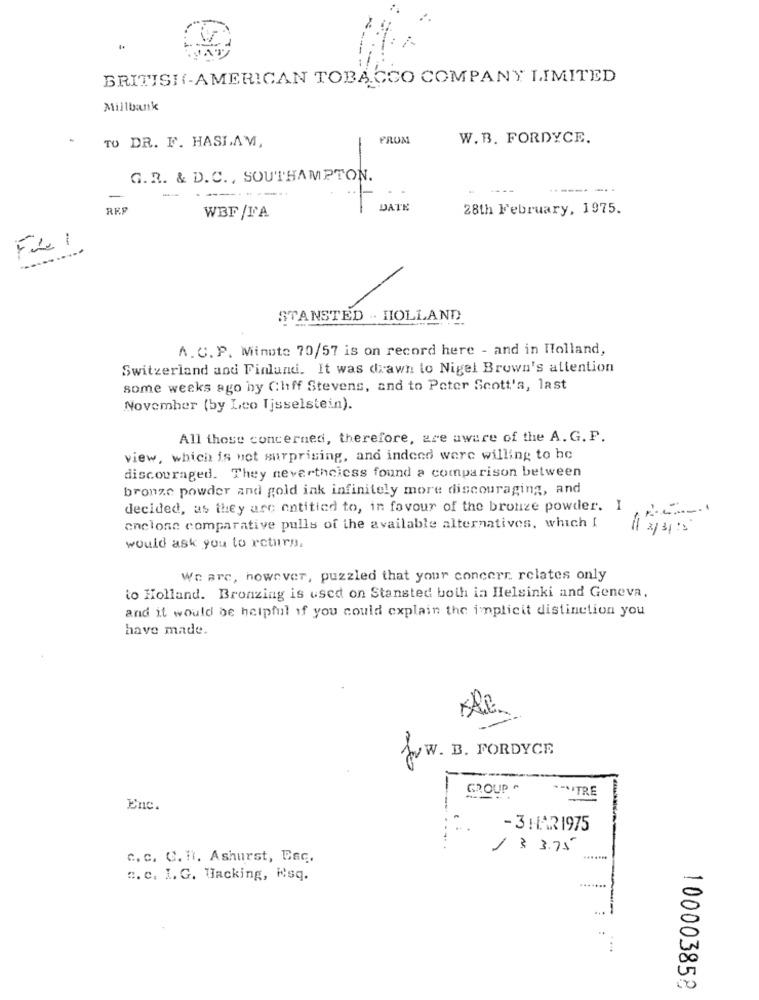
BRITISH(-AMERICAN TOBACCO COMPANY LIMITED
Millbank
TO DR. F. HASLAM,
FROM
W.B. FORDYCE.
-
G.R. & D. C ., SOUTHAMPTON.
-
-----.
------ -..
DATE
28th February, 1975.
WBF /T'A
-
-----------
STANSTED . HOLLAND
A.C.P. Minute 70/57 is on record here - and in Holland,
Switzerland and Finland. It was drawn to Nigel Brown's attention
some weeks ago by Chiff Stevens, and to Poter Scott's, last
November (by Leo Ijsselstein).
All those concerned, therefore, are aware of the A. G. P.
view, which is not surprising, and indeed were willing to be
discouraged. They nevertheless found a comparison between
bronze powder and gold ink infinitely more discouraging, and
decided, as they are entitled to, in favour of the bronze powder. I , e
enclose comparative pulls of the available alternatives, which I
11 2/ 315
would ask you to return.
We are, however, puzzled that your concern relates only
to Holland. Bronzing is used on Stansted both in Helsinki and Geneva,
and it would be helpful if you could explain the implicit distinction you
have made.
WWW. B. FORDYCE
GROUP ^
*- TRE
Enc.
- 3 HAR1975
-
/ ₹ 3.75
c. c. C. I. Ashurst, Esc.
c. c. I. G. Hacking, Esq.
100003858